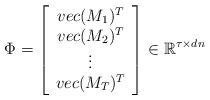
LaTeX: \begin{align*}\Phi=\left[\begin{array}{c}vec(M_1)^T\\vec(M_2)^T\\\vdots \\vec(M_T)^T\end{array}\right]\in\mathbb{R}^{\tau\times d n}\end{align*}